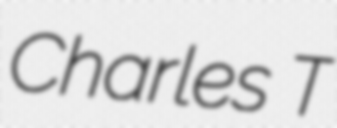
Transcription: Charles T